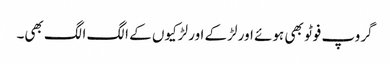
گروپ فوٹو بھی ہوئے اور لڑکے اور لڑکیوں کے الگ الگ بھی۔